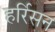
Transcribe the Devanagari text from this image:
हर्रिसन